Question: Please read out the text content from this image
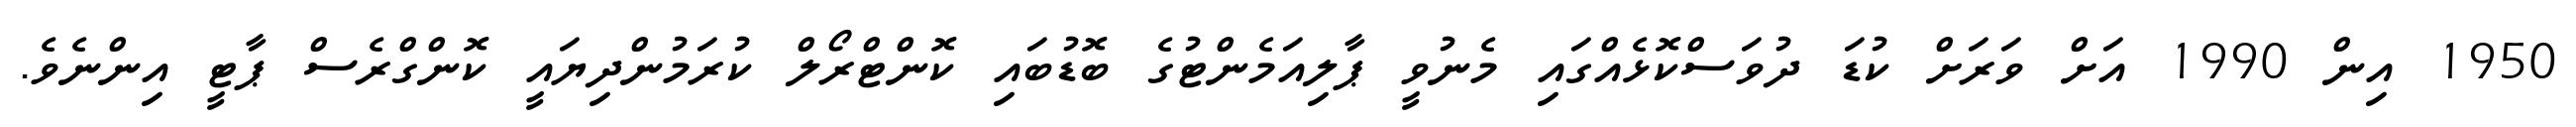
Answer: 1950 އިން 1990 އަށް ވަރަށް ކުޑަ ދުވަސްކޮޅެއްގައި މެނުވީ ޕާލިއަމެންޓުގެ ބޮޑުބައި ކޮންޓްރޯލް ކުރަމުންދިޔައީ ކޮންގްރެސް ޕާޓީ އިންނެވެ.